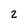
Character: 2